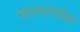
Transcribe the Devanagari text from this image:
सहकार्यांना